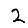
Digit: 2